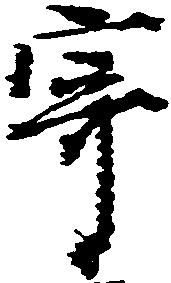
寄